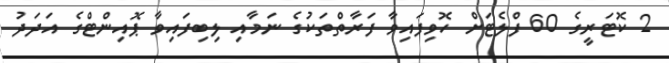
2 ކޮޓަރީގެ 60 ފްލެޓަށް ހޮވިފައިވާ ފަރާތްތަކުގެ ނަމާއި ލިބިފައިވާ ޕޮއިންޓްގެ އަދަދު